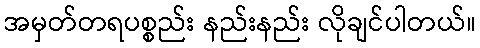
အမှတ်တရပစ္စည်း နည်းနည်း လိုချင်ပါတယ်။